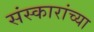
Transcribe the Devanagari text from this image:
संस्कारांच्या